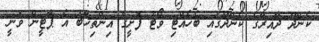
ކެންދޫ ދާއިރާގެ ކެންދޫގައި ބެހެއްޓި ވޯޓު ފޮށީގެ އިންތިޚާބު އެ ޕާޓީން ވަނީ